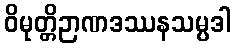
ဝိမုတ္တိဉာဏဒဿနသမ္ပဒါ